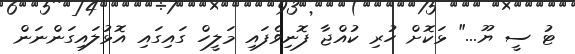
ޓު ސީ ޔޫ..." ޅަކޮށް ހުރި ކުއްޖާ ފޮނިވެފައި މަލީހް ގައިގައި އޮޅުލައިގަންނަން